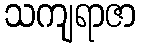
သကျရာဇာ